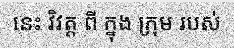
នេះ វិវត្ត ពី ក្នុង ក្រុម របស់